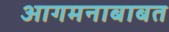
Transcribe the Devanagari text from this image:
आगमनाबाबत